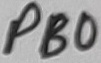
Text: PB0